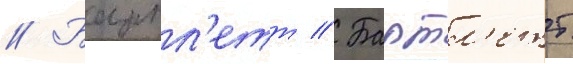
// Бартл'етт // Бартл'етт